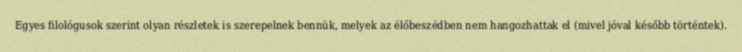
Egyes filológusok szerint olyan részletek is szerepelnek bennük, melyek az élőbeszédben nem hangozhattak el (mivel jóval később történtek).